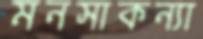
মনসাকন্যা